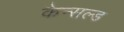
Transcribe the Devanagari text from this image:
कैन्सल्ड